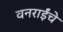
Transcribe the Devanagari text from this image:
वनराईंचे